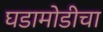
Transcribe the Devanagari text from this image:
घडामोडीचा